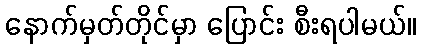
နောက်မှတ်တိုင်မှာ ပြောင်း စီးရပါမယ်။